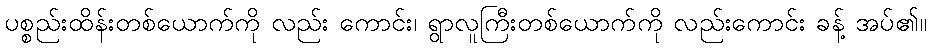
ပစ္စည်းထိန်းတစ်ယောက်ကို လည်း ကောင်း၊ ရွာလူကြီးတစ်ယောက်ကို လည်းကောင်း ခန့် အပ်၏။